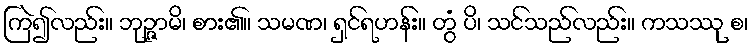
ကြဲ၍လည်း။ ဘုဉ္ဇာမိ၊ စား၏။ သမဏ၊ ရှင်ရဟန်း။ တွံ ပိ၊ သင်သည်လည်း။ ကသဿု စ၊